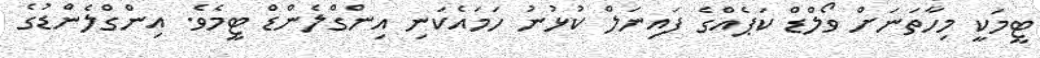
ޓީމަކީ މިހާތަނަށް ވޯލްޑް ކަޕެއްގެ ފައިނަލް ކުޅުނު ހަމައެކަނި އިންގްލެންޑް ޓީމެވެ. އިންގްލެންޑުގެ